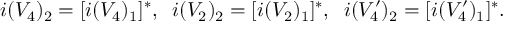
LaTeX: i ( V _ { 4 } ) _ { 2 } = [ i ( V _ { 4 } ) _ { 1 } ] ^ { * } , \; \; i ( V _ { 2 } ) _ { 2 } = [ i ( V _ { 2 } ) _ { 1 } ] ^ { * } , \; \; i ( V _ { 4 } ^ { \prime } ) _ { 2 } = [ i ( V _ { 4 } ^ { \prime } ) _ { 1 } ] ^ { * } .